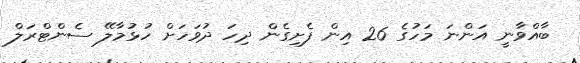
ބާއްވާނީ އަންނަ މަހުގެ 26 އިން ފެށިގެން ދިހަ ދުވަހަށް ހުޅުމާލޭ ސެންޓްރަލް